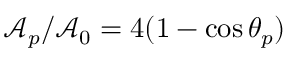
\mathcal { A } _ { p } / \mathcal { A } _ { 0 } = 4 ( 1 - \cos \theta _ { p } )